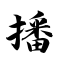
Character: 播